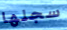
سجلها